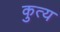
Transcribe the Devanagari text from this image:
कुत्य